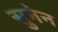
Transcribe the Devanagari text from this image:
सुनेन